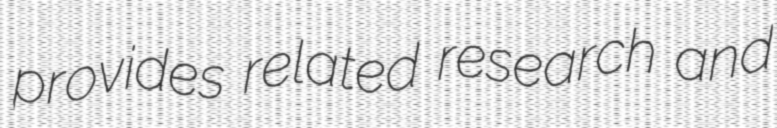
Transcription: provides related research and